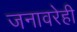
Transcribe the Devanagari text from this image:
जनावरेही